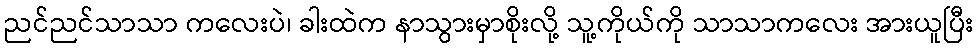
ညင်ညင်သာသာ ကလေးပဲ၊ ခါးထဲက နာသွားမှာစိုးလို့ သူ့ကိုယ်ကို သာသာကလေး အားယူပြီး